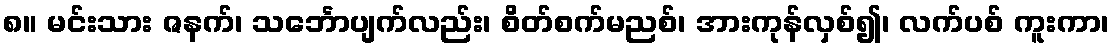
၈။ မင်းသား ဇနက်၊ သင်္ဘောပျက်လည်း၊ စိတ်စက်မညစ်၊ အားကုန်လှစ်၍၊ လက်ပစ် ကူးကာ၊